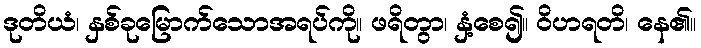
ဒုတိယံ၊ နှစ်ခုမြောက်သောအရပ်ကို။ ဖရိတွာ၊ နှံ့စေ၍။ ဝိဟရတိ၊ နေ၏။